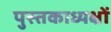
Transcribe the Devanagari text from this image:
पुस्तकाध्यक्षों